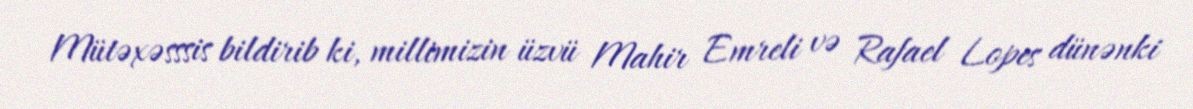
Mütəxəsssis bildirib ki, millimizin üzvü Mahir Emreli və Rafael Lopes dünənki